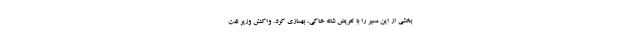
بخشی از این مسیر را با تعریض شانه خاکی، بهسازی کرد. واکنش وزیر نفت